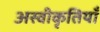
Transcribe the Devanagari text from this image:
अस्वीकृतियाँ